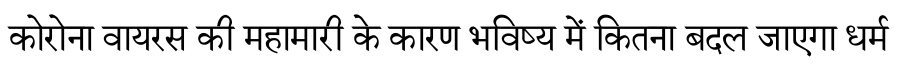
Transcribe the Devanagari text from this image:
कोरोना वायरस की महामारी के कारण भविष्य में कितना बदल जाएगा धर्म